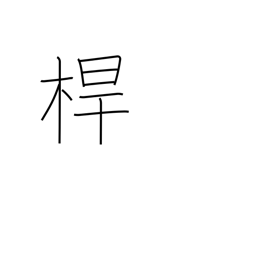
Meaning: pole